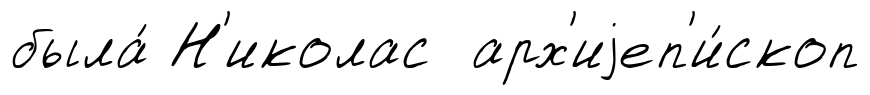
была́ Н'иколас арх'иjеп'и́скоп